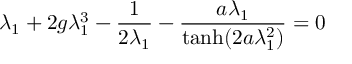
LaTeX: \lambda _ { 1 } + 2 g \lambda _ { 1 } ^ { 3 } - { \frac { 1 } { 2 \lambda _ { 1 } } } - { \frac { a \lambda _ { 1 } } { { \operatorname { t a n h } } ( 2 a \lambda _ { 1 } ^ { 2 } ) } } = 0